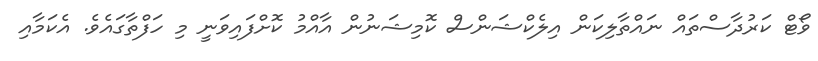
ވޯޓް ކަރުދާސްތައް ނައްތާލިކަން އިލެކްޝަންސް ކޮމިޝަނުން އާއްމު ކޮށްފައިވަނީ މި ހަފްތާގައެވެ. އެކަމާއި